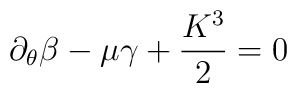
\partial_\theta \beta - \mu \gamma + \frac{K^3}{2} = 0